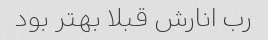
رب انارش قبلا بهتر بود